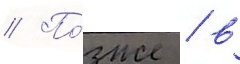
// По́зже / в